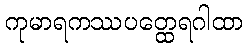
ကုမာရကဿပတ္ထေရဂါထာ